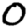
Digit: 0